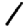
Digit: 1